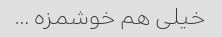
خیلی هم خوشمزه …